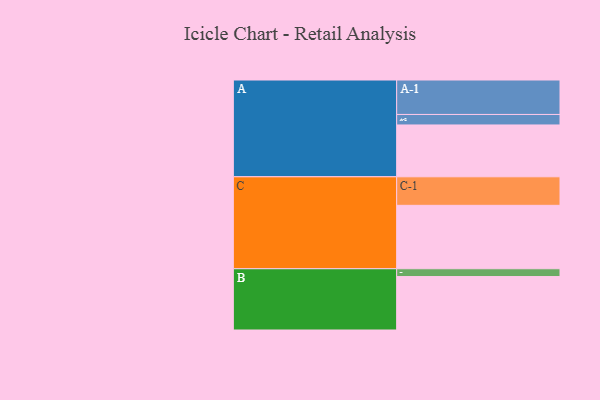
{"axis": {"x": "Segment", "y": "Value"}, "legend": ["", "A", "B", "C"], "data": [{"x": "A", "y": 385, "type": ""}, {"x": "B", "y": 397, "type": ""}, {"x": "C", "y": 471, "type": ""}, {"x": "A-1", "y": 256, "type": "A"}, {"x": "A-2", "y": 78, "type": "A"}, {"x": "B-1", "y": 58, "type": "B"}, {"x": "C-1", "y": 212, "type": "C"}]}